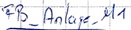
Text: FB_Anlage_M1